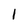
Character: l